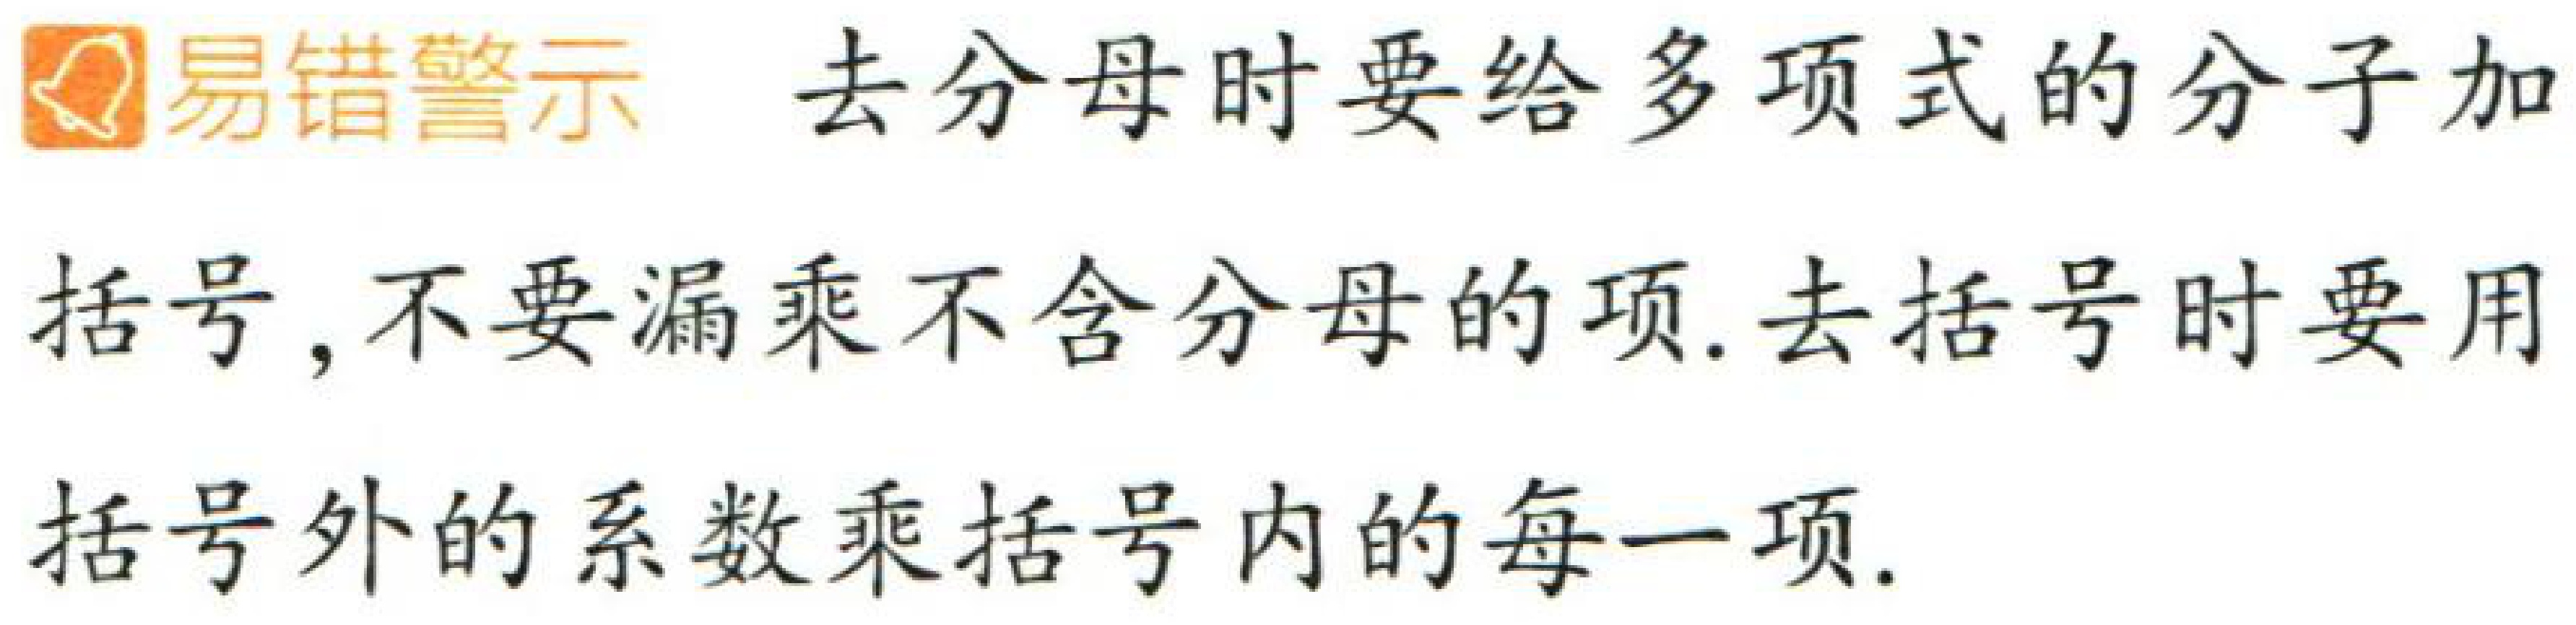
易错警示 去分母时要给多项式的分子加括号, 不要漏乘不含分母的项. 去括号时要用括号外的系数乘括号内的每一项.